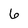
Character: 6